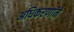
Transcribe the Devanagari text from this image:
अधिकरणाने